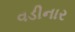
વડીનાર